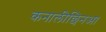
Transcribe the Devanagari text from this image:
कनालीछिनआ